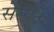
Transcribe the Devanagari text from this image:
सेस्पेदेस